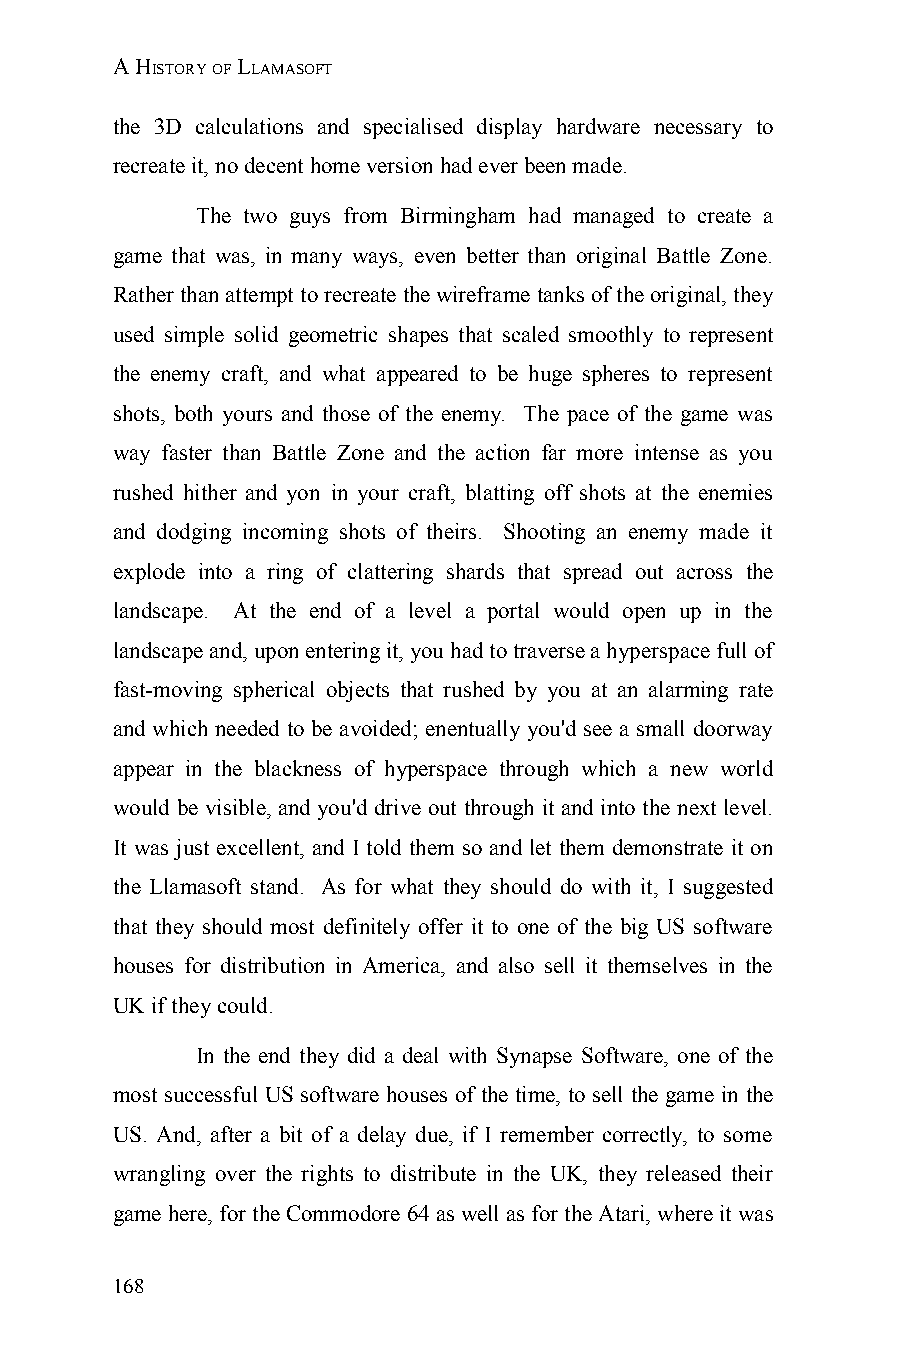
A HISTORY OF LLAMASOFT
 the 3D calculations and specialised display hardware necessary to
 recreate it, no decent home version had ever been made.
 The two guys from Birmingham had managed to create a
 game that was, in many ways, even better than original Battle Zone.
 Rather than attempt to recreate the wireframe tanks of the original, they
 used simple solid geometric shapes that scaled smoothly to represent
 the enemy craft, and what appeared to be huge spheres to represent
 shots, both yours and those of the enemy. The pace of the game was
 way faster than Battle Zone and the action far more intense as you
 rushed hither and yon in your craft, blatting off shots at the enemies
 and dodging incoming shots of theirs. Shooting an enemy made it
 explode into a ring of clattering shards that spread out across the
 landscape. At the end of a level a portal would open up in the
 landscape and, upon entering it, you had to traverse a hyperspace full of
 fast-moving spherical objects that rushed by you at an alarming rate
 and which needed to be avoided; enentually you'd see a small doorway
 appear in the blackness of hyperspace through which a new world
 would be visible, and you'd drive out through it and into the next level.
 It was just excellent, and I told them so and let them demonstrate it on
 the Llamasoft stand. As for what they should do with it, I suggested
 that they should most definitely offer it to one of the big US software
 houses for distribution in America, and also sell it themselves in the
 UK if they could.
 In the end they did a deal with Synapse Software, one of the
 most successful US software houses of the time, to sell the game in the
 US. And, after a bit of a delay due, if I remember correctly, to some
 wrangling over the rights to distribute in the UK, they released their
 game here, for the Commodore 64 as well as for the Atari, where it was
 168